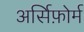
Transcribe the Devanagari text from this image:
अर्सिफ़ोर्म